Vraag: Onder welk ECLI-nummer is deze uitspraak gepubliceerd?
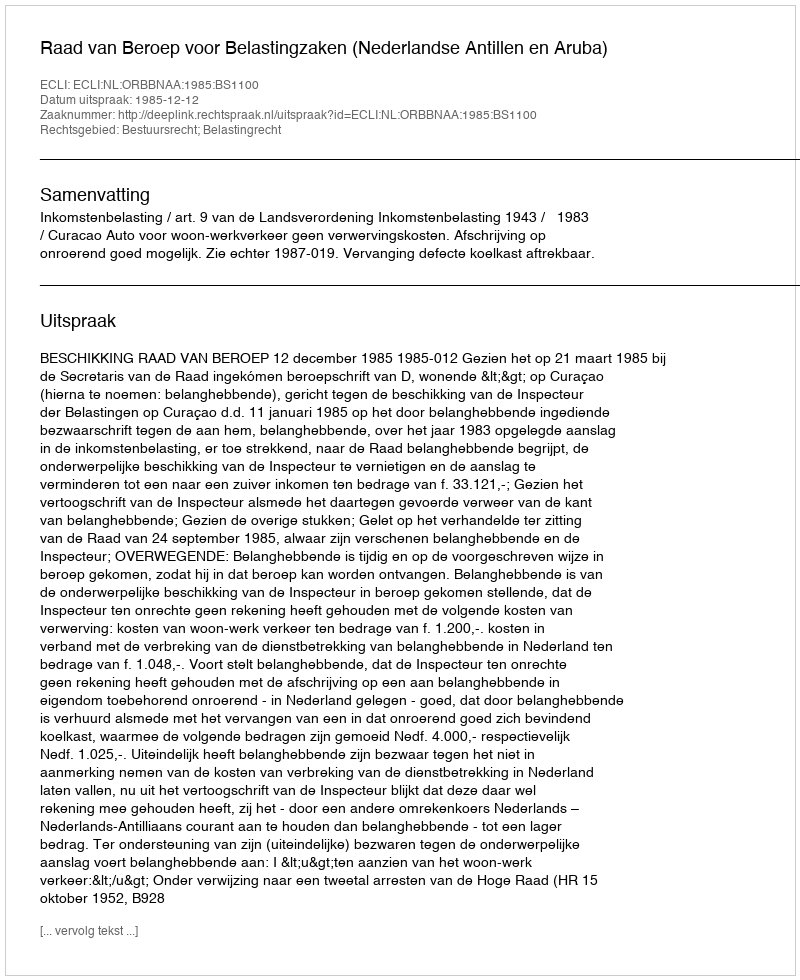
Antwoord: ECLI:NL:ORBBNAA:1985:BS1100